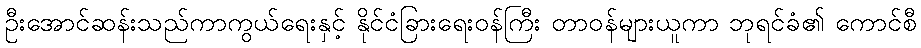
ဦးအောင်ဆန်းသည်ကာကွယ်ရေးနှင့် နိုင်ငံခြားရေးဝန်ကြီး တာဝန်များယူကာ ဘုရင်ခံ၏ ကောင်စီ